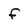
Character: f